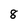
Character: 8